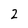
Character: 2